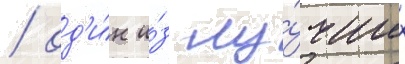
/ од'и́н и́з лу́чших